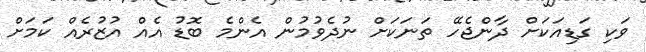
ވަކި ގަޑިއަކަށް ދާންޖެހޭ ތަނަކަށް ނުދެވުމުން އެންމެ ބޮޑު އެއް އުޒުރެއް ކަމަށް